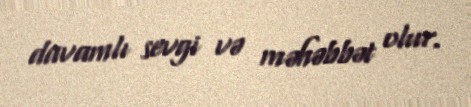
davamlı sevgi və məhəbbət olur.